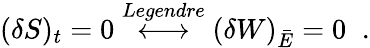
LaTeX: (\delta S)_{t}=0\stackrel{Legendre}{\longleftrightarrow}(\delta W)_{\bar{E}}=0\; \; .